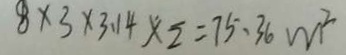
8 \times 3 \times 3 . 1 4 \times \overline { 2 } = 7 5 . 3 6 m ^ { 2 }